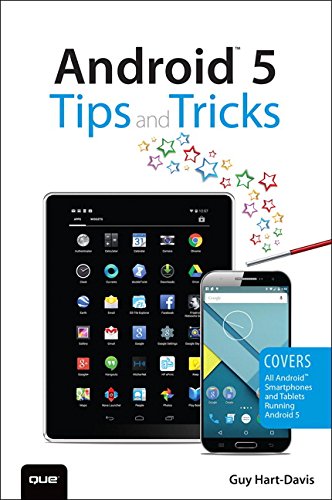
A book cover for Android 5 Tips and Tricks: Covers All Android Smartphones and Tablets Running Android 5; Guy Hart-Davis; Computers & Technology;